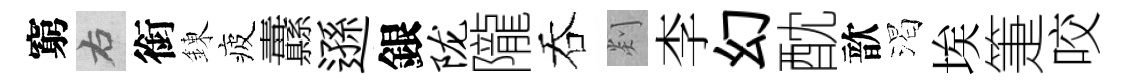
窮右銜錬疲纛遜銀陇隴吞剡李幻酖歆渴埃箑咬